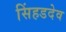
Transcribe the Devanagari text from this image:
सिंहडदेव